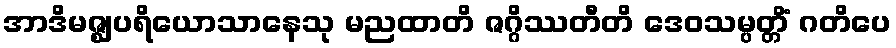
အာဒိမဇ္ဈပရိယောသာနေသု မညထာတိ ဇဂ္ဂိဿတီတိ ဒေဝသမ္ပတ္တိံ ဂတိပေ